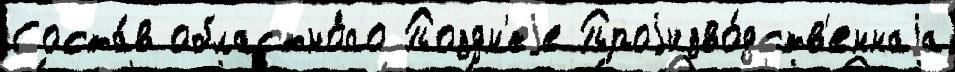
Соста́в областно́го Поздн'еjе Проjизво́дств'еннаjа